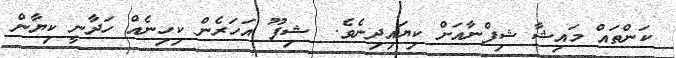
ކަންތައް މައިޝާ ޝިފްނާއަށް ކިޔައިދިނެވެ.  ޝިފޫ އަހަރެން ކިހިނެއް ހަދާނީ ކިޔާން